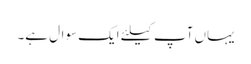
یہاں آپ کیلئے ایک سوال ہے۔